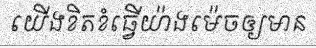
យើងខិតខំធ្វើយ៉ាងម៉េចឲ្យមាន